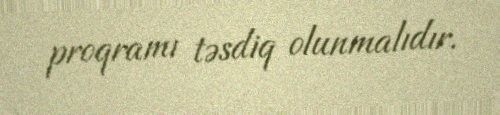
proqramı təsdiq olunmalıdır.